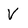
Character: V